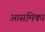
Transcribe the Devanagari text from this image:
आसमिका